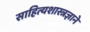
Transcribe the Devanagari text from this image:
साहित्यशास्त्रज्ञाने